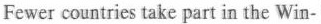
Fewer countries take part in the Win-